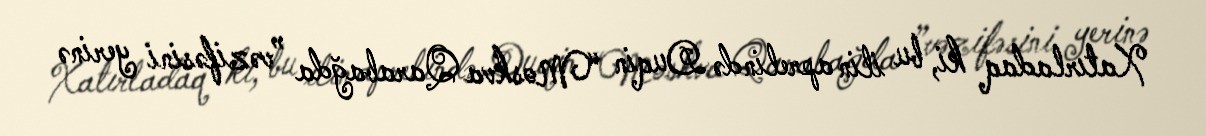
Xatırladaq ki, bu ilin aprelində Duqin “Moskva Qarabağda ”vəzifəsini yerinə